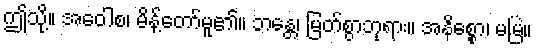
ဤသို့။ အဝေါစ၊ မိန့်တော်မူ၏။ ဘန္တေ၊ မြတ်စွာဘုရား။ အနိစ္စော၊ မမြဲ။